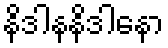
နိဒါနနိဒါနော